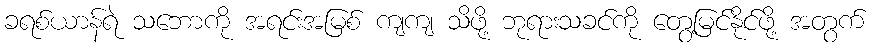
ခရစ်ယာန်ရဲ သဘောကို အရင်းအမြစ် ကျကျ သိဖို့ ဘုရားသခင်ကို တွေ့မြင်နိုင်ဖို့ အတွက်